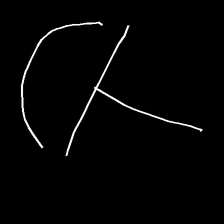
Glyph: dispersion